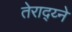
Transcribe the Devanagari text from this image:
तेराद्य्ने